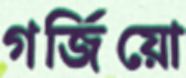
গর্জিয়ো